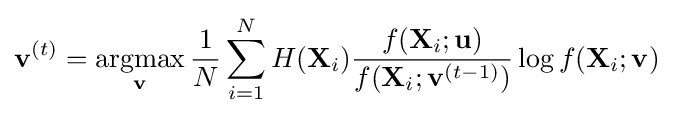
\mathbf {v} ^{(t)}=\mathop {\textrm {argmax}} _{\mathbf {v} }{\frac {1}{N}}\sum _{i=1}^{N}H(\mathbf {X} _{i}){\frac {f(\mathbf {X} _{i};\mathbf {u} )}{f(\mathbf {X} _{i};\mathbf {v} ^{(t-1)})}}\log f(\mathbf {X} _{i};\mathbf {v} )